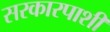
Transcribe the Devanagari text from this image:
सरकारपाशी